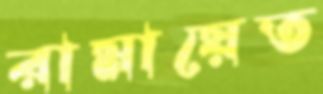
রামায়েত